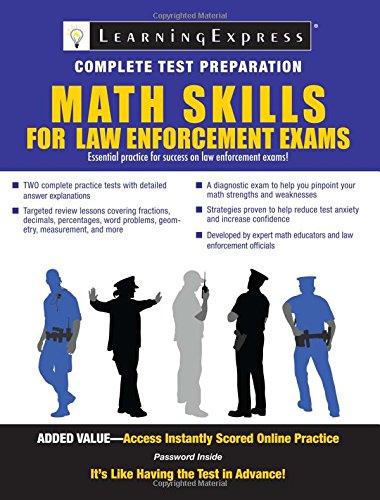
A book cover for Math Skills for Law Enforcement Exams; LearningExpress LLC Editors; Test Preparation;